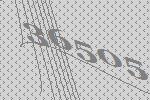
36505